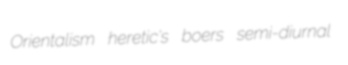
Orientalism heretic's boers semi-diurnal